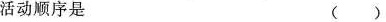
活动顺序是 ( )